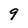
Character: 9